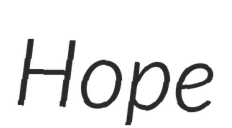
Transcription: Hope